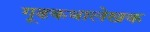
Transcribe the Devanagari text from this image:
गूढकथालेखक